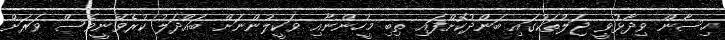
ހިސާން ވިދާޅުވީ ޖަލުތަކުގައި ބަންދުކޮށްފައި ތިބި މީހުންނާއި ވަކީލުންނަށް ބައްދަލު ކުރެވޭނީވެސް ވަރަށް